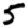
Digit: 5